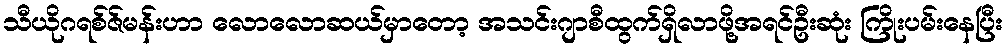
သီယိုဂရစ်ဇ်မန်းဟာ လောလောဆယ်မှာတော့ အသင်းဂျာစီထွက်ရှိလာဖို့အရင်ဦးဆုံး ကြိုးပမ်းနေပြီး